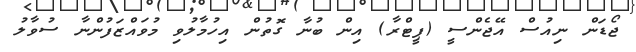
ޖޯޑަން ނިއުސް އޭޖެންސީ (ޕީޓްރާ) އިން ބުނާ ގޮތުން އިހުމާލުވި މުވައްޒަފުންނާ ސުވާލު